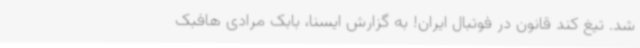
شد. تیغ کند قانون در فوتبال ایران! به گزارش ایسنا، بابک مرادی هافبک